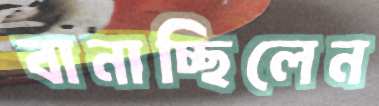
বানাচ্ছিলেন